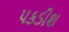
પકડીશ